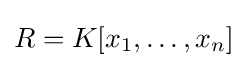
R=K[x_{1},\ldots ,x_{n}]